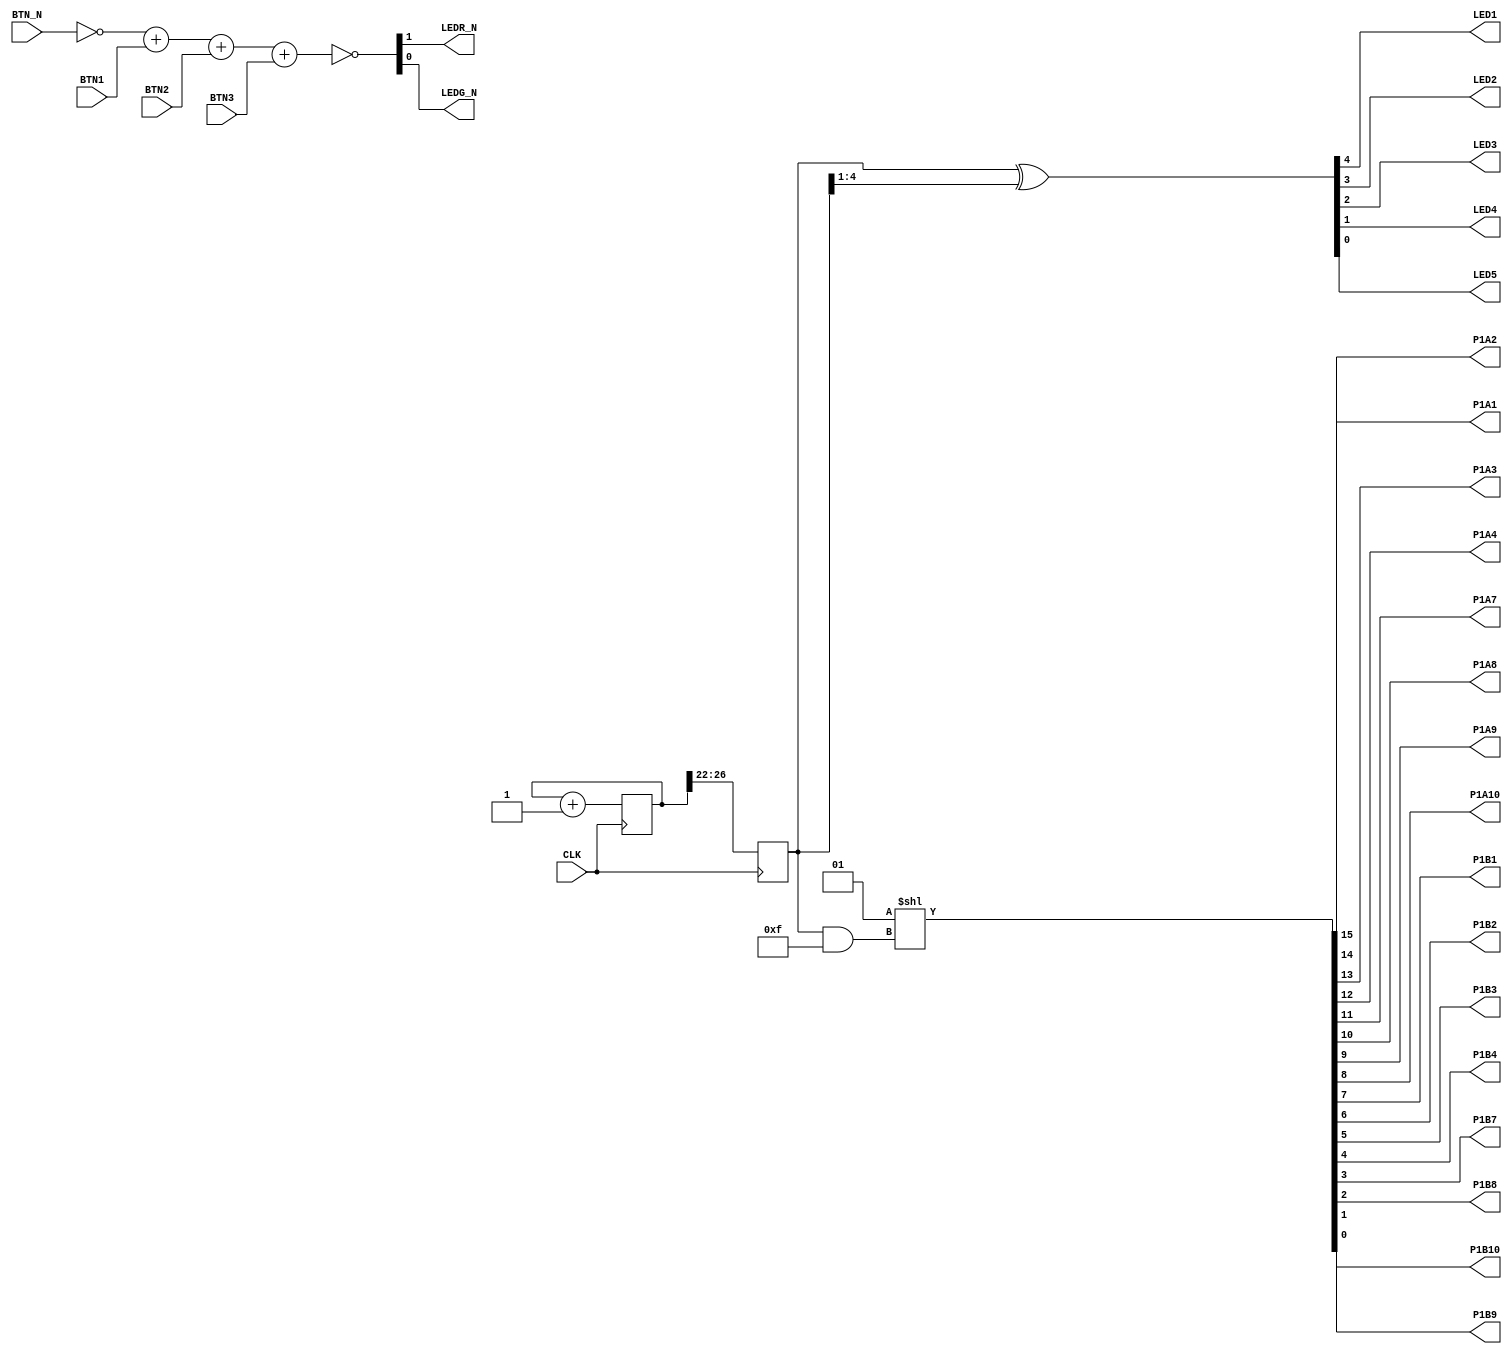
/* Small test design actuating all IO on the iCEBreaker dev board. */

module top (
	input  CLK,

	output LED1,
	output LED2,
	output LED3,
	output LED4,
	output LED5,

	input BTN_N,
	input BTN1,
	input BTN2,
	input BTN3,

	output LEDR_N,
	output LEDG_N,

	output P1A1, P1A2, P1A3, P1A4, P1A7, P1A8, P1A9, P1A10,
	output P1B1, P1B2, P1B3, P1B4, P1B7, P1B8, P1B9, P1B10
);

	localparam BITS = 5;
	localparam LOG2DELAY = 22;

	reg [BITS+LOG2DELAY-1:0] counter = 0;
	reg [BITS-1:0] outcnt;

	always @(posedge CLK) begin
		counter <= counter + 1;
		outcnt <= counter >> LOG2DELAY;
	end

	assign {LED1, LED2, LED3, LED4, LED5} = outcnt ^ (outcnt >> 1);

	assign {LEDR_N, LEDG_N} = ~(!BTN_N + BTN1 + BTN2 + BTN3);

	assign {P1A1, P1A2, P1A3, P1A4, P1A7, P1A8, P1A9, P1A10,
			P1B1, P1B2, P1B3, P1B4, P1B7, P1B8, P1B9, P1B10} = 1 << (outcnt & 15);
endmodule